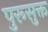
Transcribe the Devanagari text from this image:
पुरूसुक्त